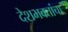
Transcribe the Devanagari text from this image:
देशभक्तांचा